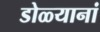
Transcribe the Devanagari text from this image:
डोळ्यानां